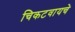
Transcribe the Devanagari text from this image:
चिकटवायचे